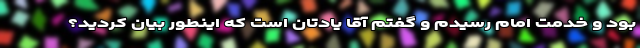
بود و خدمت امام رسیدم و گفتم آقا یادتان است که اینطور بیان کردید؟